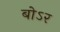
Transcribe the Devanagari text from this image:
बोऽर